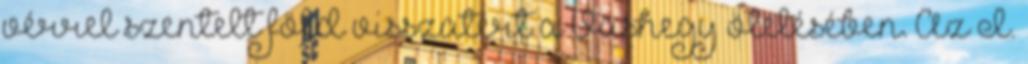
vérrel szentelt föld visszatért a Vashegy ölelésében. Az I.